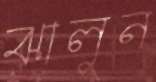
ঝালুন